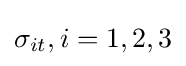
\sigma _{it},i=1,2,3